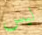
ليس